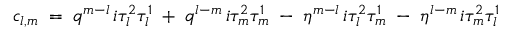
c _ { l , m } \; = \; q ^ { m - l } \, i \tau _ { l } ^ { 2 } \tau _ { l } ^ { 1 } \; + \; q ^ { l - m } \, i \tau _ { m } ^ { 2 } \tau _ { m } ^ { 1 } \; - \; \eta ^ { m - l } \, i \tau _ { l } ^ { 2 } \tau _ { m } ^ { 1 } \; - \; \eta ^ { l - m } \, i \tau _ { m } ^ { 2 } \tau _ { l } ^ { 1 } \,